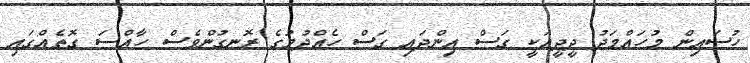
ހުސައިން މުހައްމަދު ދީދީއަކީ ގަސް އިންދައި ގަސް ހެއްދުމުގެ ރޮނގުންވެސް ހާއްސަ ގޮތެއްގައި